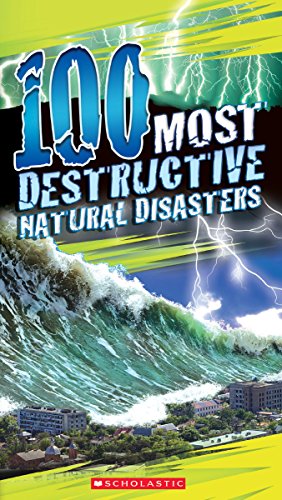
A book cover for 100 Most Destructive Natural Disasters Ever; Anna Claybourne; Children's Books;